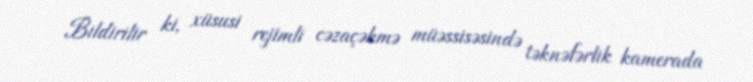
Bildirilir ki, xüsusi rejimli cəzaçəkmə müəssisəsində təknəfərlik kamerada